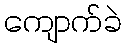
ကျောက်ခဲ